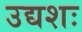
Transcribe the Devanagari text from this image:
उद्यशः